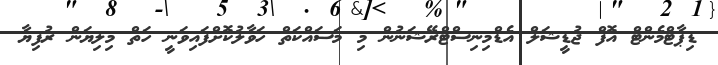
ޑިޕާޓްމެންޓް އޮފް ޖުޑީޝަލް އެޑްމިނިސްޓްރޭޝަނުން މި މަސައްކަތް ހަވާލުކޮށްފައިވަނީ ހަތް މިލިޔަން ރުފިޔާ